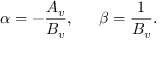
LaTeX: \alpha = - { \frac { { \cal A } _ { v } } { { \cal B } _ { v } } } , \, \, \, \, \, \, \, \, \, \beta = { \frac { 1 } { { \cal B } _ { v } } } .